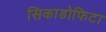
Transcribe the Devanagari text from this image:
सिकाडोफिटा